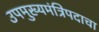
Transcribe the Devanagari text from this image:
उपमुख्यमंत्रिपदाचा